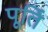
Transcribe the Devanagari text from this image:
पूतिं